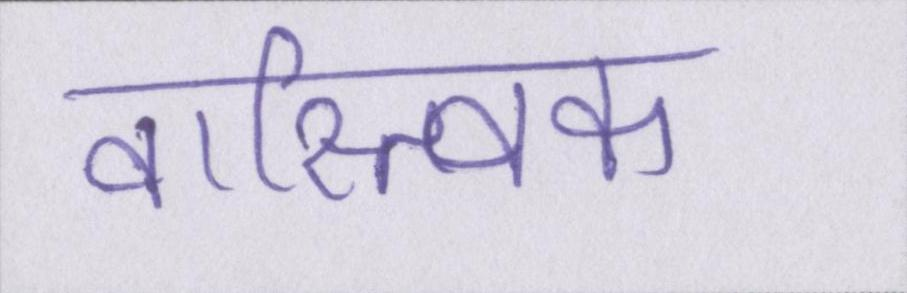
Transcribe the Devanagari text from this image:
वास्त्विक